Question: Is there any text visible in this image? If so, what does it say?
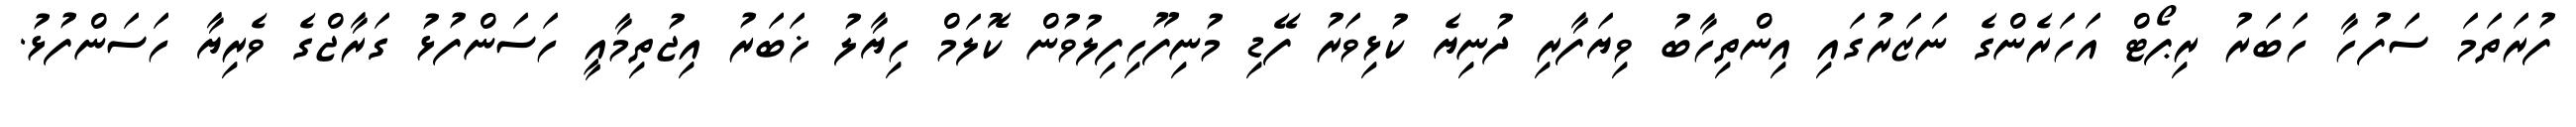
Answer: ފުރަތަމަ ސަފުހާ ހަބަރު ރިޕޯޓް އަހަރެންގެ ނަޒަރުގައި އިންތިހާބު ވިޔަފާރި ދުނިޔެ ކުޅިވަރު ފޭޑި މުނިފޫހިފިލުވުން ކޮލަމް ހިޔާލު ޚަބަރު އިޖުތިމާއީ ހަސަންފުޅު ގަރާޖްގެ ވެރިޔާ ހަސަންފުޅު.